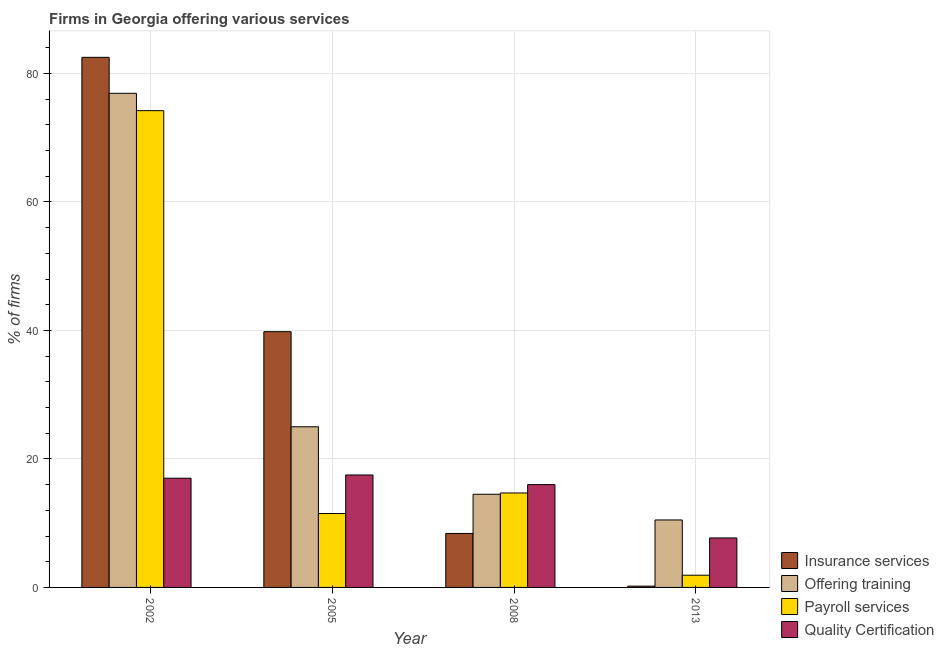
| Year | Insurance services | Offering training | Payroll services | Quality Certification |
 | --- | --- | --- | --- | --- |
 | 2002 | 82.5 | 76.9 | 74.2 | 17 |
 | 2005 | 39.8 | 25 | 11.5 | 17.5 |
 | 2008 | 8.4 | 14.5 | 14.7 | 16 |
 | 2013 | 0.2 | 10.5 | 1.9 | 7.7 |